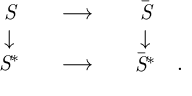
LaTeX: \begin{array} { c c c } { { \it S } } \\ { { \downarrow } } \\ { { { \it S } ^ { * } } } \end{array} \begin{array} { c c c } { { } } & { { \longrightarrow } } & { { } } \\ { { } } & { { } } & { { } } \\ { { } } & { { \longrightarrow } } & { { } } \end{array} \begin{array} { c c c } { { { \bar { \it S } } } } \\ { { \downarrow } } \\ { { { \bar { \it S } } ^ { * } } } \end{array} \begin{array} { c c c } { { } } & { { } } & { { } } \\ { { } } & { { } } & { { } } \\ { { . } } \end{array}